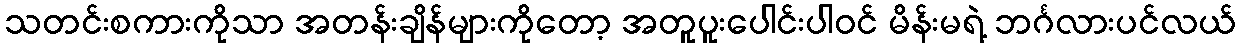
သတင်းစကားကိုသာ အတန်းချိန်များကိုတော့ အတူပူးပေါင်းပါဝင် မိန်းမရဲ့ ဘင်္ဂလားပင်လယ်